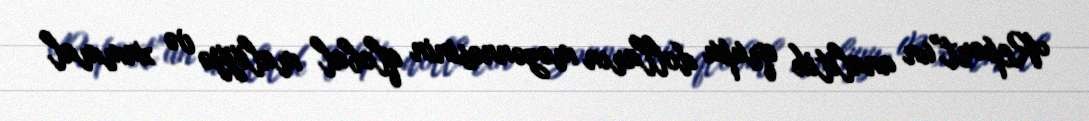
Report"un analitik qrupu dolların məzənnəsinin qlobal maliyyə və xammal